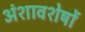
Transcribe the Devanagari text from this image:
अंशावशेषों